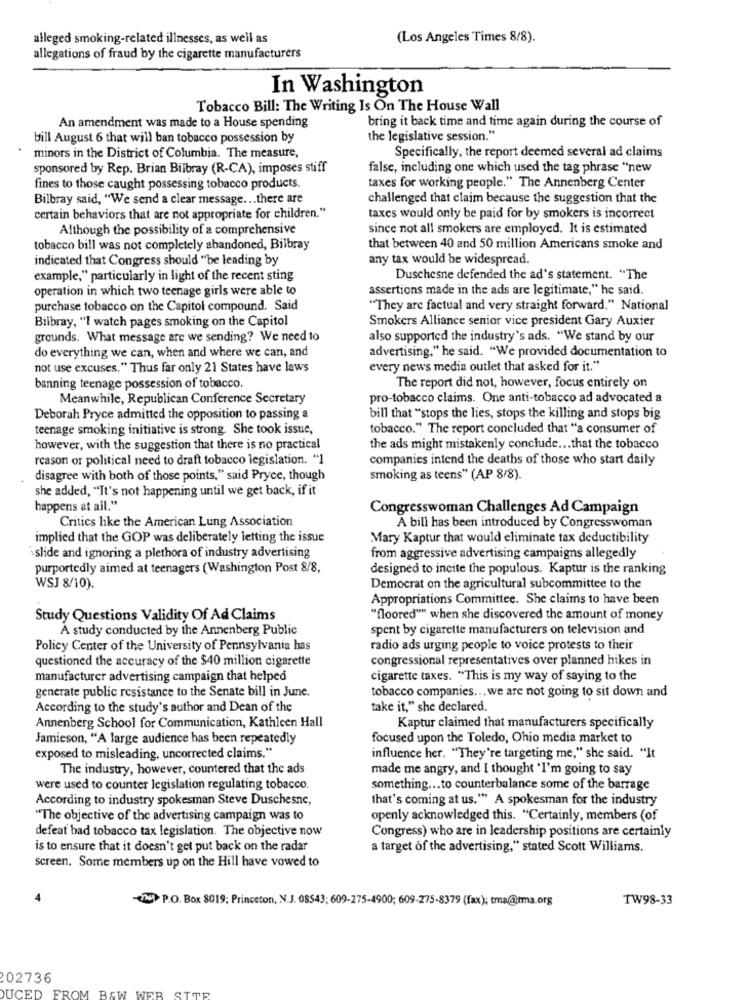
alleged smoking-related illnesses, as well as
(Los Angeles Times 8/8).
allegations of fraud by the cigarette manufacturers
In Washington
Tobacco Bill: The Writing Is On The House Wall
bring it back time and time again during the course of
An amendment was made to a House spending
bill August 6 that will ban tobacco possession by
the legislative session."
minors in the District of Columbia. The measure,
Specifically, the report deemed several ad claims
sponsored by Rep. Brian Bilbray (R-CA), imposes stiff
false, including one which used the tag phrase "new
fines to those caught possessing tobacco products.
taxes for working people." The Annenberg Center
Bilbray said, "We send a clear message ... there are
challenged that claim because the suggestion that the
certain behaviors that are not appropriate for children."
taxes would only be paid for by smokers is incorrect
Although the possibility of a comprehensive
since not all smokers are employed. It is estimated
tobacco bill was not completely abandoned, Bilbray
that between 40 and 50 million Americans smoke and
indicated that Congress should "be leading by
any tax would be widespread.
example," particularly in light of the recent sting
Duschesne defended the ad's statement. "The
operation in which two teenage girls were able to
assertions made in the ads are legitimate," he said.
purchase tobacco on the Capitol compound. Said
"They are factual and very straight forward." National
Bilbray, "I watch pages smoking on the Capitol
Smokers Alliance senior vice president Gary Auxier
grounds. What message are we sending? We need to
also supported the industry's ads. "We stand by our
advertising," he said. "We provided documentation to
do everything we can, when and where we can, and
not use excuses." Thus far only 21 States have laws
every news media outlet that asked for it."
banning teenage possession of tobacco.
The report did not, however, focus entirely on
Meanwhile, Republican Conference Secretary
pro-tobacco claims. One anti-tobacco ad advocated a
Deborah Pryce admitted the opposition to passing a
bill that "stops the lies, stops the killing and stops big
teenage smoking initiative is strong. She took issue,
tobacco." The report concluded that "a consumer of
however, with the suggestion that there is no practical
the ads might mistakenly conclude ... that the tobacco
reason or political need to draft tobacco legislation. "1
companies intend the deaths of those who start daily
disagree with both of those points," said Pryce, though
smoking as teens" (AP 8/8).
she added, "It's not happening until we get back, if it
happens at ail."
Congresswoman Challenges Ad Campaign
Critics like the American Lung Association
A bill has been introduced by Congresswoman
implied that the GOP was deliberately letting the issue
Mary Kaptur that would eliminate tax deductibility
slide and ignoring a plethora of industry advertising
from aggressive advertising campaigns allegedly
purportedly aimed at teenagers (Washington Post 8/8,
designed to incite the populous. Kaptur is the ranking
WSJ 8/10).
Democrat on the agricultural subcommittee to the
Appropriations Committee. She claims to have been
Study Questions Validity Of Ad Claims
"floored"" when she discovered the amount of money
A study conducted by the Annenberg Public
spent by cigarette manufacturers on television and
Policy Center of the University of Pennsylvania has
radio ads urging people to voice protests to their
questioned the accuracy of the $40 million cigarette
congressional representatives over planned hikes in
manufacturer advertising campaign that helped
cigarette taxes. "This is my way of saying to the
generate public resistance to the Senate bill in June.
tobacco companies ... we are not going to sit down and
According to the study's author and Dean of the
take it," she declared.
Annenberg School for Communication, Kathleen Hall
Kaptur claimed that manufacturers specifically
Jamieson, "A large audience has been repeatedly
focused upon the Toledo, Ohio media market to
exposed to misleading, uncorrected claims."
influence her. "They're targeting me," she said. "It
The industry, however, countered that the ads
made me angry, and I thought "I'm going to say
were used to counter legislation regulating tobacco.
something ... to counterbalance some of the barrage
According to industry spokesman Steve Duschesne,
that's coming at us."" A spokesman for the industry
"The objective of the advertising campaign was to
openly acknowledged this. "Certainly, members (of
defeat bad tobacco tax legislation. The objective now
Congress) who are in leadership positions are certainly
is to ensure that it doesn't get put back on the radar
a target of the advertising," stated Scott Williams.
screen. Some members up on the Hill have vowed to
4
(72) P.O. Box 8019; Princeton, N.J. 08543; 609-275-4900; 609-275-8379 (fax); tma@jtma.org
TW98-33
202736
DUCED FROM BAW WER STOP